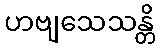
ဟဗျသေသန္တိ